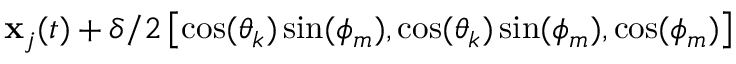
\mathbf { x } _ { j } ( t ) + \delta / 2 \left[ \cos ( \theta _ { k } ) \sin ( \phi _ { m } ) , \cos ( \theta _ { k } ) \sin ( \phi _ { m } ) , \cos ( \phi _ { m } ) \right]